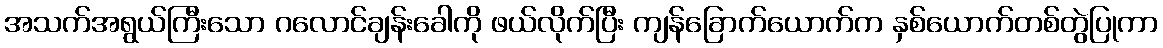
အသက်အရွယ်ကြီးသော ဂလောင်ချန်းခေါကို ဖယ်လိုက်ပြီး ကျန်ခြောက်ယောက်က နှစ်ယောက်တစ်တွဲပြုကာ